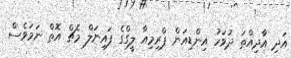
އަދި އާދިއްތަ ދުވަހު އިންޑިއަން ޕްރިމިއާ ލީގްގެ ފައިނަލް މެޗް އޮތް ނަަމަވެސް